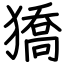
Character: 獢